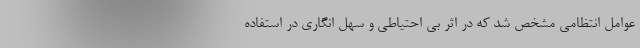
عوامل انتظامی مشخص شد که در اثر بی احتیاطی و سهل انگاری در استفاده